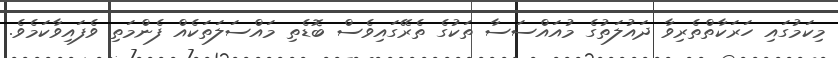
މިކަމުގައި ހަރަކާތްތެރިވާ ދައުލަތުގެ މުއައްސަސާ ތަކުގެ ތެރޭގައިވެސް ބޮޑެތި މައްސަލަތަކެއް ފެންމަތި ވެފައިވާކަމެވެ.